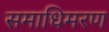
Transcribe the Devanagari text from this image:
समाधिमरण